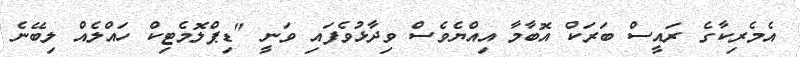
އެމެރިކާގެ ރައީސް ބަރަކް އޮބާމާ އިއްޔެވެސް ވިދާޅުވެފައި ވަނީ "ޑިޕްލޮމެޓިކް ހައްލެއް ލިބޭނެ